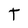
Character: t